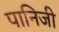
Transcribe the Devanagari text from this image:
पानिजी